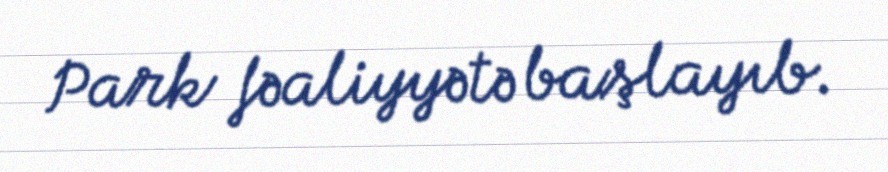
Park fəaliyyətə başlayıb.